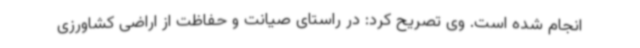
انجام شده است. وی تصریح کرد: در راستای صیانت و حفاظت از اراضی کشاورزی